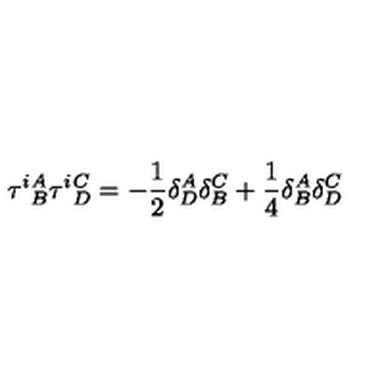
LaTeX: \tau ^ { i } { } _ { B } ^ { A } \tau ^ { i } { } _ { D } ^ { C } = - { \frac { 1 } { 2 } } \delta _ { D } ^ { A } \delta _ { B } ^ { C } + { \frac { 1 } { 4 } } \delta _ { B } ^ { A } \delta _ { D } ^ { C }